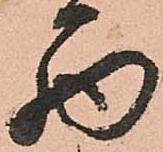
西